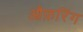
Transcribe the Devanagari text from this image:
औफ़रिंग